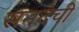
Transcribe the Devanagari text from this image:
सनदेची